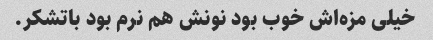
خیلی مزه‌اش خوب بود نونش هم نرم بود باتشکر.